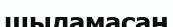
шыдамасаң